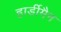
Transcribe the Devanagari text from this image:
हार्डीमैन